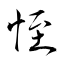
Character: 恎